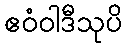
ဧဝံဝါဒီသုပိ